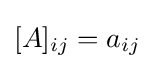
[A]_{ij}=a_{ij}